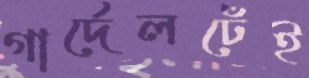
গার্দেলঢেঁই